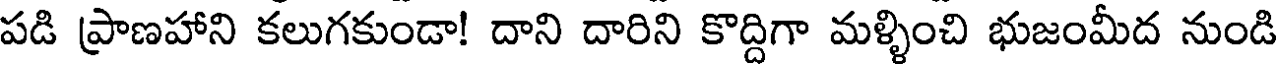
పడి ప్రాణహాని కలుగకుండా! దాని దారిని కొద్దిగా మళ్ళించి భుజంమీద నుండి